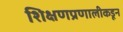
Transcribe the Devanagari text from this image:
शिक्षणप्रणालीकडून